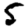
Digit: 5